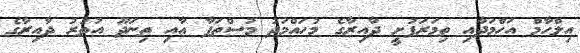
އިލްހާމް އަހްމަދާއި ތިމަރަފުށީ ދާއިރާގެ މުހައްމަދު މުސްތަފާ އާއި ތިނަދޫ އުތުރު ދާއިރާގެ